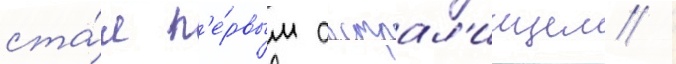
ста́л п'е́рвым австрал'иицем /